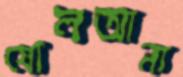
ষোলআনা